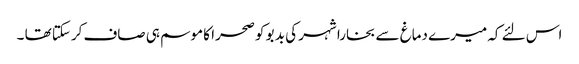
اس لئے کہ میرے دماغ سے بخارا شہر کی بد بو کو صحرا کا موسم ہی صاف کرسکتا تھا ۔